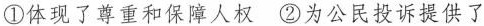
①体现了尊重和保障人权②为公民投诉提供了